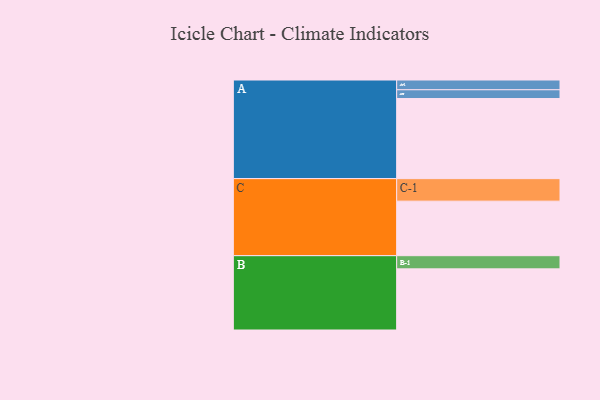
{"axis": {"x": "Segment", "y": "Value"}, "legend": ["", "A", "B", "C"], "data": [{"x": "A", "y": 583, "type": ""}, {"x": "B", "y": 445, "type": ""}, {"x": "C", "y": 397, "type": ""}, {"x": "A-1", "y": 71, "type": "A"}, {"x": "A-2", "y": 64, "type": "A"}, {"x": "B-1", "y": 96, "type": "B"}, {"x": "C-1", "y": 164, "type": "C"}]}